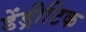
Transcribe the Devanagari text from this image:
डेंड्रीटिक